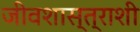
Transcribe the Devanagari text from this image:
जीवशास्त्राशी